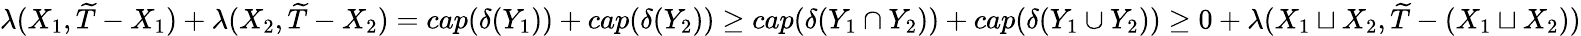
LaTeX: \lambda(X_{1},\widetilde{T}-X_{1})+\lambda(X_{2},\widetilde{T}-X_{2})=cap(\delta(Y_{1}))+cap(\delta(Y_{2}))\geq cap(\delta(Y_{1}\cap Y_{2}))+cap(\delta(Y_{1}\cup Y_{2}))\geq 0+\lambda(X_{1}\sqcup X_{2},\widetilde{T}-(X_{1}\sqcup X_{2}))